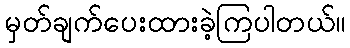
မှတ်ချက်ပေးထားခဲ့ကြပါတယ်။